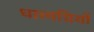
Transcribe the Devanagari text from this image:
धात्वग्नियों